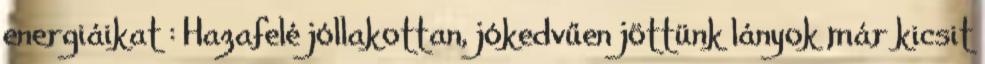
energiáikat : Hazafelé jóllakottan, jókedvűen jöttünk lányok már kicsit